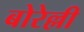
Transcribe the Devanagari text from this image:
बोरेल्ली